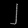
Digit: ၂